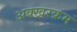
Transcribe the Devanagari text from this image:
अक्खरक्रम